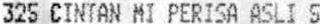
325 CINTAN MI PERISA ASLI 5